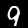
Label: 9